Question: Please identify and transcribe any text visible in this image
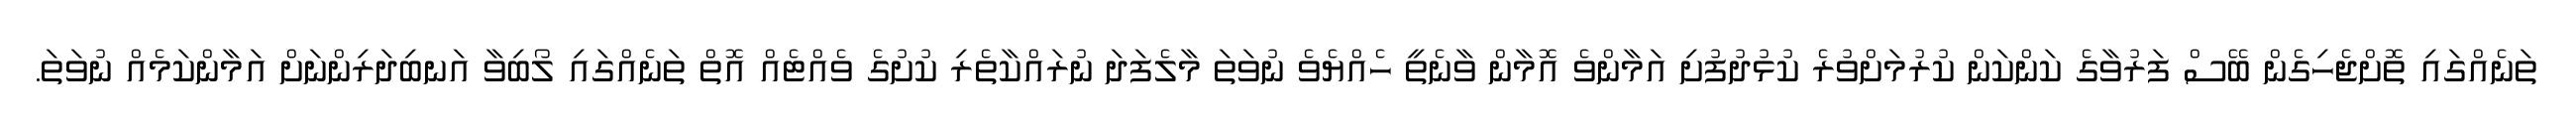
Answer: ތަނެއްގައި ތޮށްޖެހިގެން ބޭސް ފަރުވާގެ ކަންކަން ކުރުމަށްވުރެ ކުޅުދުފުށި އަމާންވެ އޮމާން ވާނެތީ ހެއްޔެވެ ނުވަތަ މާލެފަދަ ނުރައްކާތެރި ކުށުގެ ވެއްޓެއް އޮތް ތަނެއްގައި ލޯބިވާ އަނބިދަރިންނަށް އަމާންކަމެއް ނުވަތަ.